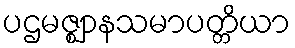
ပဌမဇ္ဈာနသမာပတ္တိယာ